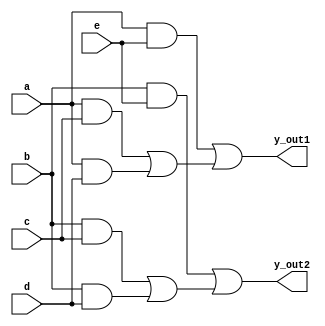
module boole_opt     (y_out1, y_out2, a, b, c, d, e);
 output 		y_out1, y_out2;
  input 		a, b, c, d, e;

  and 		(y1, a, c);
  and 		(y2, a, d);
  and 		(y3, a, e);
  or 		(y4, y1, y2);
  or 		(y_out1, y3, y4);
  and 		(y5, b, c);
  and 		(y6, b, d);
  and 		(y7, b, e);
  or 		(y8, y5, y6);
  or 		(y_out2, y7, y8);
endmodule